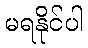
မရနိုင်ပါ